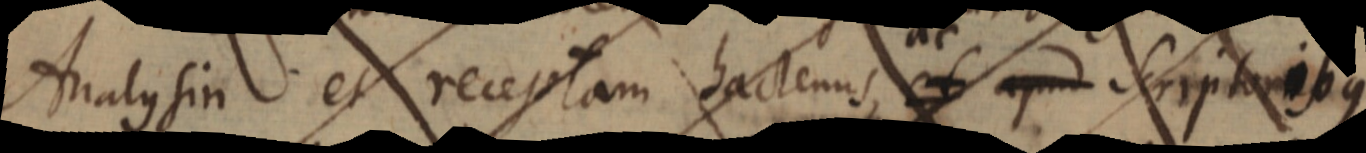
Analysin et receptam hactenus, et apud Scriptoribus